Annual report of the Imperial Bacteriological Laboratory, Muktesar
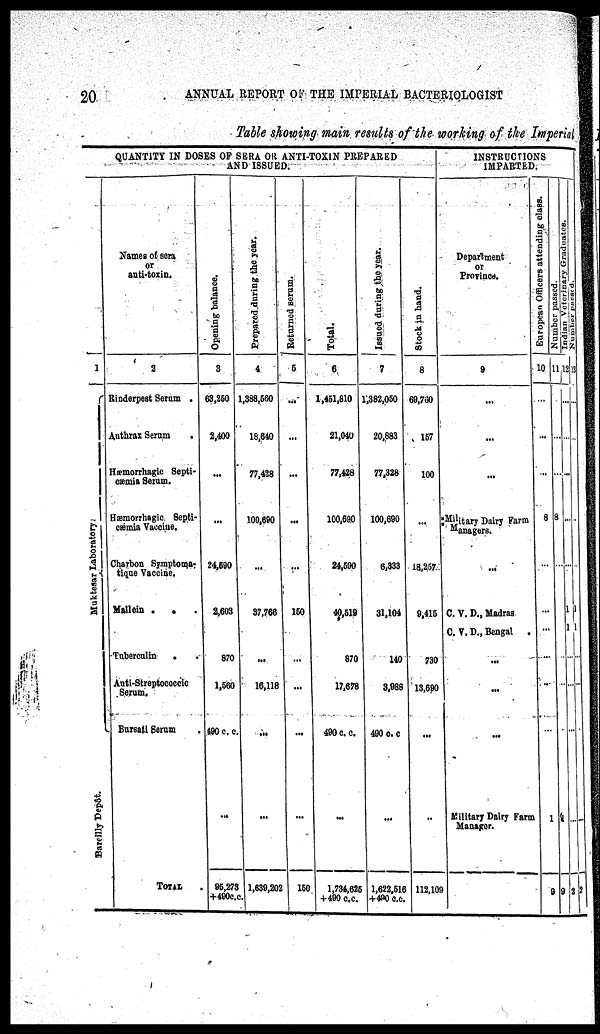
20
ANNUAL REPORT OF THE IMPERIAL BACTERIOLOGIST
Table showing main results of the working of the Imperial
QUANTITY IN DOSES OF SERA OR ANTI-TOXIN PREPARED
AND ISSUED.
1
Muktesar Laboratory
Bareilly Depôt.
Names of sera
or
anti-toxin.
2
Rinderpest Serum
Anthrax Serum
Hæmorrhagic Septi-
cæmia Serum.
Hæmorrhagic Septi-
cæmia Vaccine.
Charbon Symptoma¬
tique Vaccine.
Mullein .
. .
Tuberculin
Anti-streptococcic
Serum.
Bursati Serum
TOTAL
Ope ning balance.
3
63,250
2,400
...
...
24,590
2,603
870
1,560
490 c. c.
...
95,273
+490c. c.
Prepared during the year.
4
1,388,660
18,640
77,428
100,690
...
37,766
...
16,118
...
...
1,639,202
Re t
ur ne d serum.
5
...
...
...
...
...
150
...
...
...
...
150
Total.
6
1,451,810
21,040
77,428
100,690
24,590
40,519
870
17,678
490 c. c.
...
1,734,625
+490 c.c.
Issued duri ng the year.
7
1,382,050
20,883
77,328
100,690
6,333
31,104
140
3,988
490 c.c.
...
1,622,516
+490 c.c.
Stock in hand.
8
69,760
157
100
18,257
9,415
730
13,690
...
...
112,109
INSTRUCTIONS
IMPARTED.
Department
or
Province.
9
...
...
...
Military Dairy Farm
Managers.
C. V. D., Madras
C. V. D., Bengal
...
...
...
Military Dairy Farm
Manager.
Eur o pe a n Of f
i
cers attendin
10
...
...
8
...
...
...
...
...
1
9
Nu mb e
r passed.
11
...
...
8
...
1
9
Indian Vete
12
...
...
...
1
1
...
...
2
Number pa
13
...
...
...
1
1
...
...
2